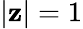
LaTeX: |\mathbf{z}|=1